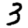
Digit: 3